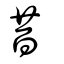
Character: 昔